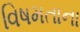
વિષમતાના